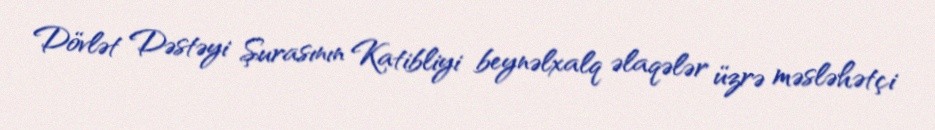
Dövlət Dəstəyi Şurasının Katibliyi beynəlxalq əlaqələr üzrə məsləhətçi